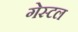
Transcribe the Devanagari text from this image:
गेस्टल